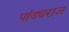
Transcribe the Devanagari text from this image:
पांड्यराज